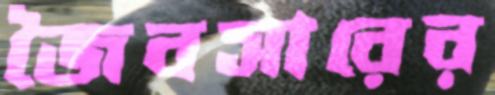
জৈবসারের